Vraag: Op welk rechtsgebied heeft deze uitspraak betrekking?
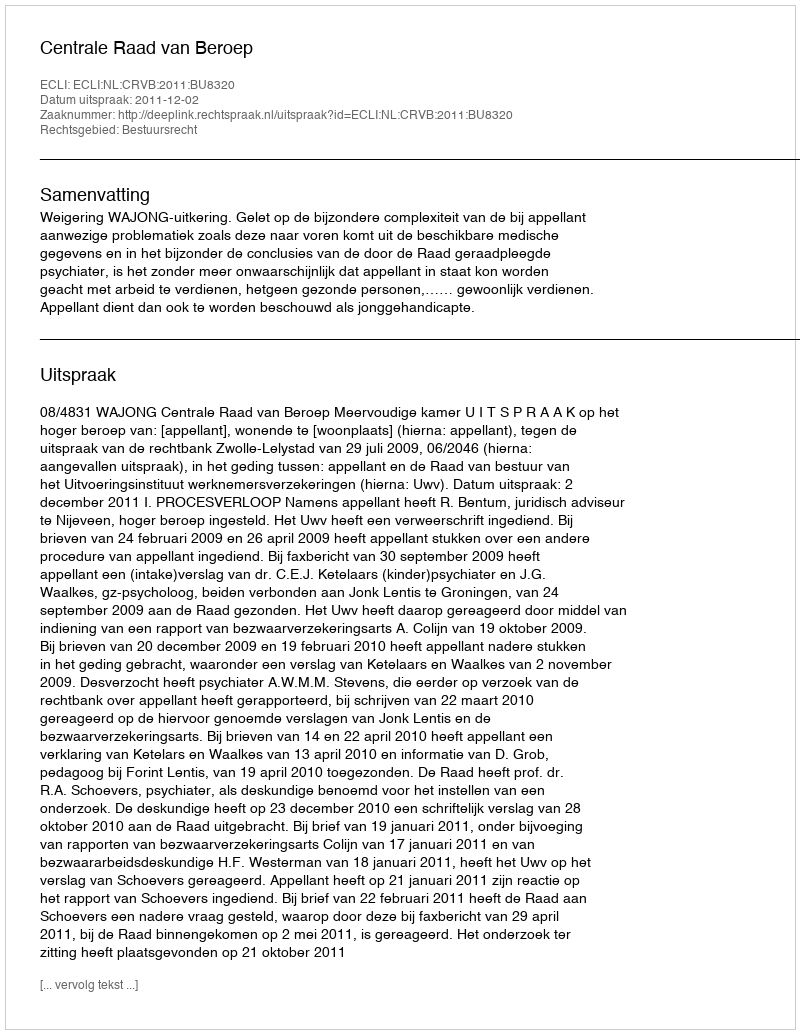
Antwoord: Bestuursrecht